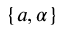
\{ a , \alpha \}